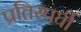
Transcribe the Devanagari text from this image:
प्रतिस्पर्घी